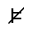
\nvDash